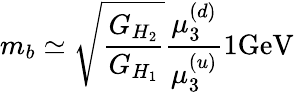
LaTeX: m_{b}\simeq{\sqrt{\frac{G_{H_{2}}}{G_{H_{1}}}}}{\frac{\mu_{3}^{(d)}}{\mu_{3}^{(u)}}}{1}\mathrm{GeV}